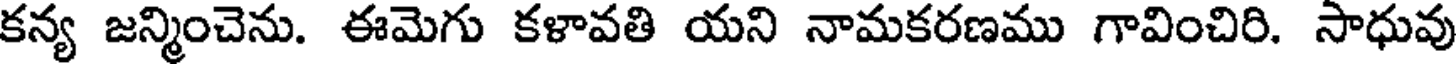
కన్య జన్మించెను. ఈమెగు కళావతి యని నామకరణము గావించిరి. సాధువు